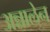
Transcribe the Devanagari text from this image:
अन्नालेन